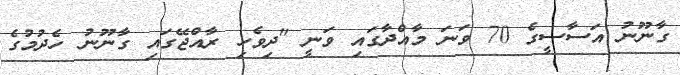
ގާނޫނު އަސާސީގެ 70 ވަނަ މާއްދާގައި ވަނީ "ދިވެހި ރާއްޖޭގައި ގާނޫނު ހެދުމުގެ